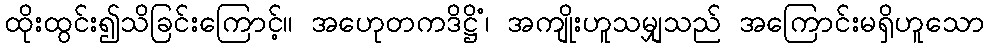
ထိုးထွင်း၍သိခြင်းကြောင့်။ အဟေုတကဒိဋ္ဌိံ၊ အကျိုးဟူသမျှသည် အကြောင်းမရှိဟူသော